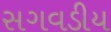
સગવડીય